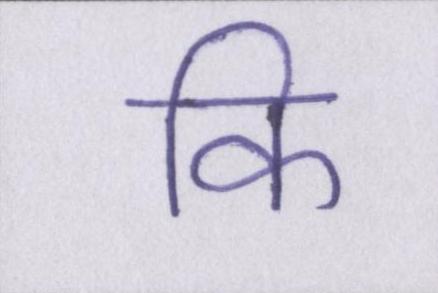
कि